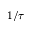
1 / \tau